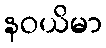
နဝယိမာ